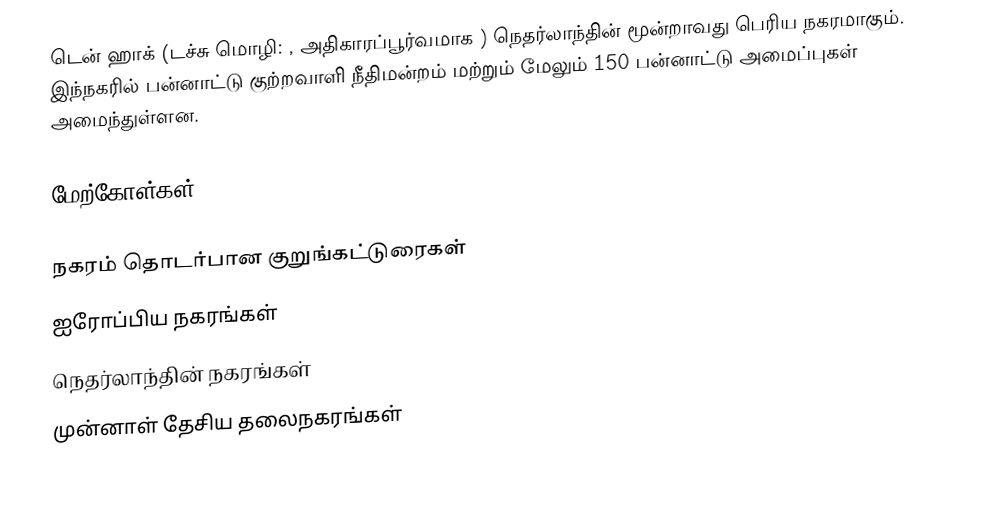
டென் ஹாக் (டச்சு மொழி: , அதிகாரப்பூர்வமாக ) நெதர்லாந்தின் மூன்றாவது பெரிய நகரமாகும். இந்நகரில் பன்னாட்டு குற்றவாளி நீதிமன்றம் மற்றும் மேலும் 150 பன்னாட்டு அமைப்புகள் அமைந்துள்ளன.

மேற்கோள்கள்

நகரம் தொடர்பான குறுங்கட்டுரைகள்
ஐரோப்பிய நகரங்கள்
நெதர்லாந்தின் நகரங்கள்
முன்னாள் தேசிய தலைநகரங்கள்